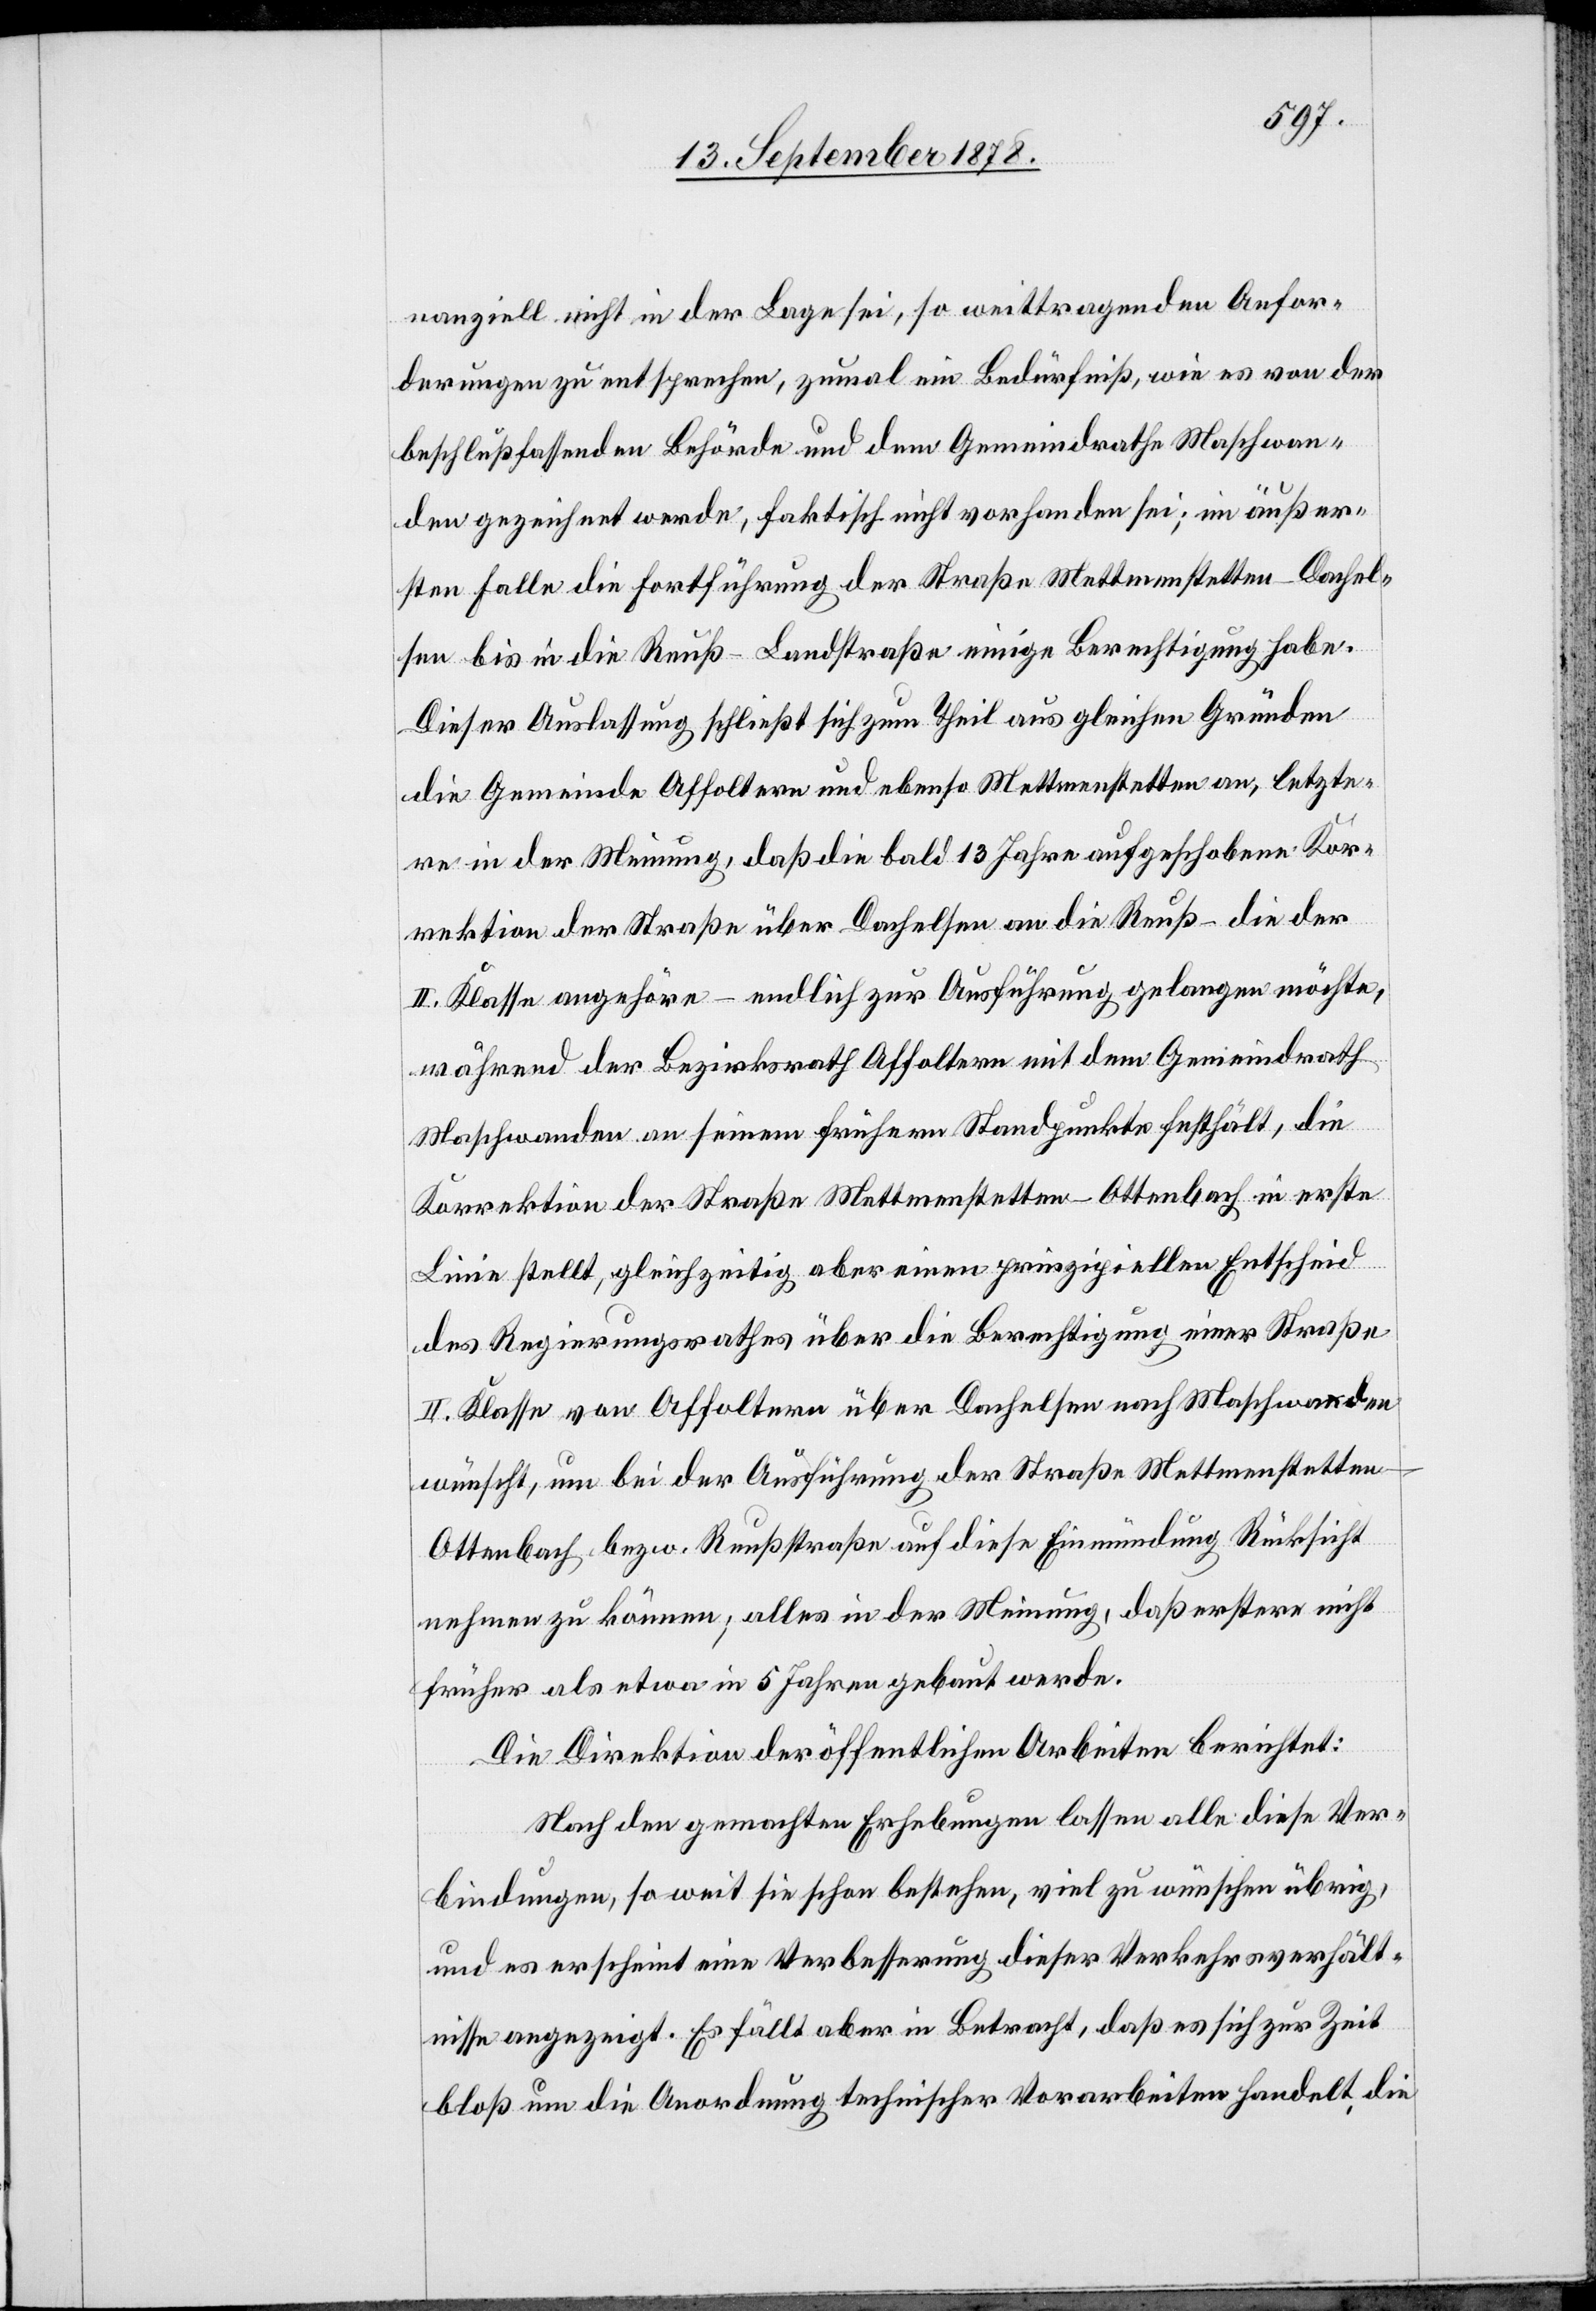
nanziell nicht in der Lage sei, so weittragenden Anfor¬
derungen zu entsprechen, zumal ein Bedürfniß, wie es von der
beschlußfassenden Behörde und dem Gemeindrathe Maschwan¬
den gezeichnet werde, faktisch nicht vorhanden sei; im äußer¬
sten Falle die Fortführung der Straße Mettmenstetten–Dachel¬
sen bis in die Reuß-Landstraße einige Berechtigung habe.
Dieser Auslassung schließt sich zum Theil aus gleichen Gründen
die Gemeinde Affoltern und ebenso Mettmenstetten an, letzte¬
re in der Meinung, daß die bald 13 Jahre aufgeschobene Kor¬
rektion der Straße über Dachelsen an die Reuß – die der
II. Klasse angehöre – endlich zur Ausführung gelangen möchte,
während der Bezirksrath Affoltern mit dem Gemeindrath
Maschwanden an seinem frühern Standpunkte festhält, die
Korrektion der Straße Mettmenstetten–Ottenbach in erste
Linie stellt, gleichzeitig aber einen prinzipiellen Entscheid
des Regierungsrathes über die Berechtigung einer Straße
II. Klasse von Affoltern über Dachelsen nach Maschwanden
wünscht, um bei der Ausführung der Straße Mettmenstette¬
n–Ottenbach bezw. Reußstraße auf diese Einmündung Rücksicht
nehmen zu können; alles in der Meinung, daß erstere nicht
früher als etwa in 5 Jahren gebaut werde.
Die Direktion der öffentlichen Arbeiten berichtet:
Nach den gemachten Erhebungen lassen alle diese Ver¬
bindungen, so weit sie schon bestehen, viel zu wünschen übrig,
und es erscheint eine Verbesserung dieser Verkehrsverhält¬
nisse angezeigt. Es fällt aber in Betracht, daß es sich zur Zeit
bloß um die Anordnung technischer Vorarbeiten handelt, die